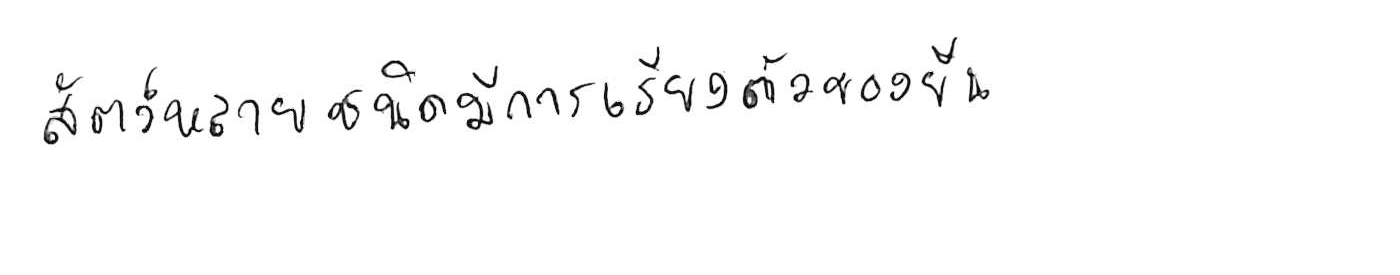
สัตว์หลายชนิดมีการเรียงตัวของยีน